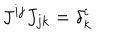
LaTeX: J ^ { i j } J _ { j k } = \delta _ { k } ^ { i }